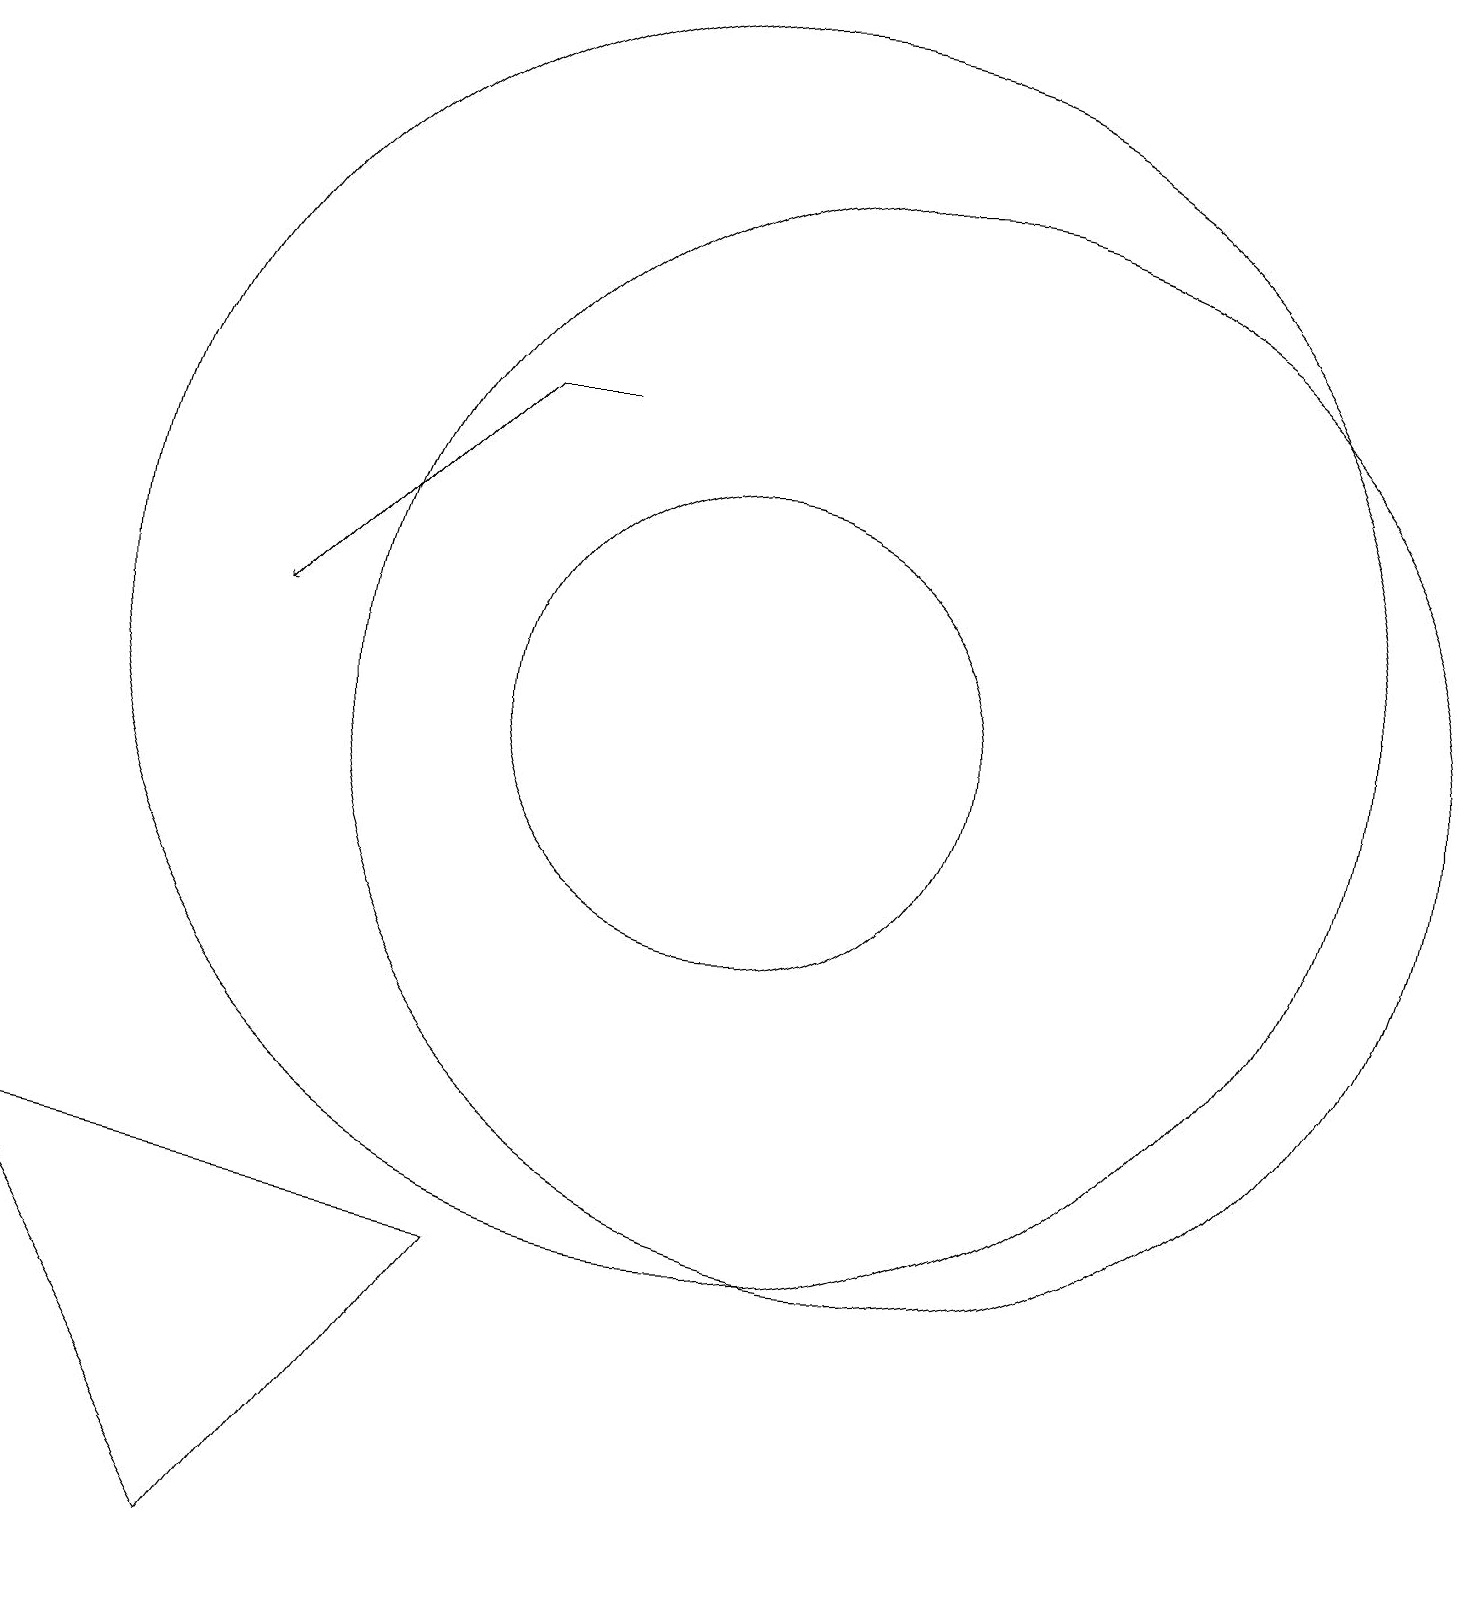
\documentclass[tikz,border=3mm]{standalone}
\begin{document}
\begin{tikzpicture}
\draw (10,11) circle (3);
\draw (10,12) circle (8);
\draw (12,11) circle (7);
\draw (7,4) -- (4,0) -- (1,5) -- cycle;
\draw[->] (7,15) -- (4,12);
\draw (7,15) rectangle (8,15);
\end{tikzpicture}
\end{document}